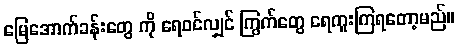
မြေအောက်ခန်းတွေ ကို ရေဝင်လျှင် ကြွက်တွေ ရေကူးကြရတော့မည်။